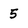
Character: 5